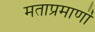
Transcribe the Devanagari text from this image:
मताप्रमाणाॆ